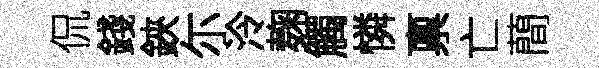
侃錢鋏尓泠麹觸憐禀亡蕳